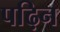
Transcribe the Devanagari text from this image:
पढ़िन